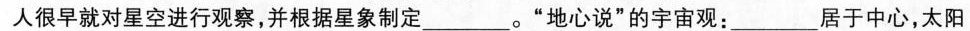
人很早就对星空进行观察，并根据星象制定___。”地心说”的宇宙观：___居于中心，太阳